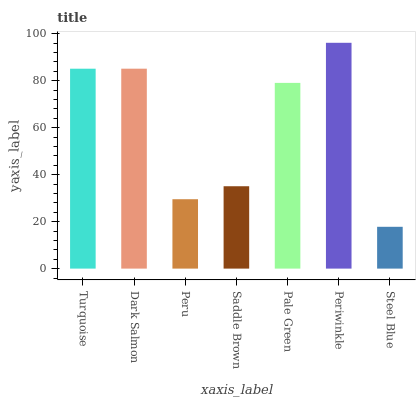
| xaxis_label | bars |
 | --- | --- |
 | Turquoise | 85.1 |
 | Dark Salmon | 85.1 |
 | Peru | 29.5 |
 | Saddle Brown | 35.1 |
 | Pale Green | 79 |
 | Periwinkle | 96.1 |
 | Steel Blue | 17.8 |